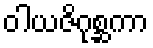
ဝါယဇိဂုစ္ဆကာ